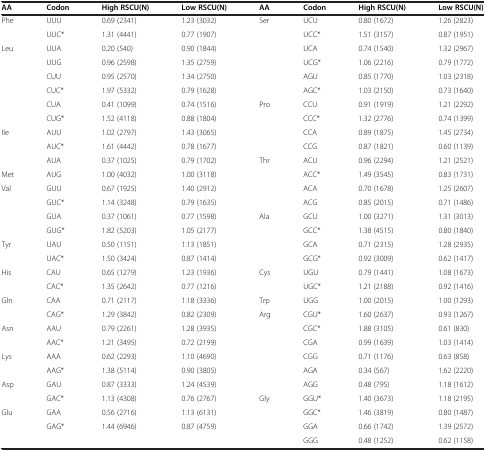
<table><thead><tr><td><b>AA</b></td><td><b>Codon</b></td><td><b>High RSCU(N)</b></td><td><b>Low RSCU(N)</b></td><td><b>AA</b></td><td><b>Codon</b></td><td><b>High RSCU(N)</b></td><td><b>Low RSCU(N)</b></td></tr></thead><tbody><tr><td>Phe</td><td>UUU</td><td>0.69 (2341)</td><td>1.23 (3032)</td><td>Ser</td><td>UCU</td><td>0.80 (1672)</td><td>1.26 (2823)</td></tr><tr><td></td><td>UUC*</td><td>1.31 (4441)</td><td>0.77 (1907)</td><td></td><td>UCC*</td><td>1.51 (3157)</td><td>0.87 (1951)</td></tr><tr><td>Leu</td><td>UUA</td><td>0.20 (540)</td><td>0.90 (1844)</td><td></td><td>UCA</td><td>0.74 (1540)</td><td>1.32 (2967)</td></tr><tr><td></td><td>UUG</td><td>0.96 (2598)</td><td>1.35 (2759)</td><td></td><td>UCG*</td><td>1.06 (2216)</td><td>0.79 (1772)</td></tr><tr><td></td><td>CUU</td><td>0.95 (2570)</td><td>1.34 (2750)</td><td></td><td>AGU</td><td>0.85 (1770)</td><td>1.03 (2318)</td></tr><tr><td></td><td>CUC*</td><td>1.97 (5332)</td><td>0.79 (1628)</td><td></td><td>AGC*</td><td>1.03 (2150)</td><td>0.73 (1640)</td></tr><tr><td></td><td>CUA</td><td>0.41 (1099)</td><td>0.74 (1516)</td><td>Pro</td><td>CCU</td><td>0.91 (1919)</td><td>1.21 (2292)</td></tr><tr><td></td><td>CUG*</td><td>1.52 (4118)</td><td>0.88 (1804)</td><td></td><td>CCC*</td><td>1.32 (2776)</td><td>0.74 (1399)</td></tr><tr><td>Ile</td><td>AUU</td><td>1.02 (2797)</td><td>1.43 (3065)</td><td></td><td>CCA</td><td>0.89 (1875)</td><td>1.45 (2734)</td></tr><tr><td></td><td>AUC*</td><td>1.61 (4442)</td><td>0.78 (1677)</td><td></td><td>CCG</td><td>0.87 (1821)</td><td>0.60 (1139)</td></tr><tr><td></td><td>AUA</td><td>0.37 (1025)</td><td>0.79 (1702)</td><td>Thr</td><td>ACU</td><td>0.96 (2294)</td><td>1.21 (2521)</td></tr><tr><td>Met</td><td>AUG</td><td>1.00 (4032)</td><td>1.00 (3118)</td><td></td><td>ACC*</td><td>1.49 (3545)</td><td>0.83 (1731)</td></tr><tr><td>Val</td><td>GUU</td><td>0.67 (1925)</td><td>1.40 (2912)</td><td></td><td>ACA</td><td>0.70 (1678)</td><td>1.25 (2607)</td></tr><tr><td></td><td>GUC*</td><td>1.14 (3248)</td><td>0.79 (1635)</td><td></td><td>ACG</td><td>0.85 (2015)</td><td>0.71 (1486)</td></tr><tr><td></td><td>GUA</td><td>0.37 (1061)</td><td>0.77 (1598)</td><td>Ala</td><td>GCU</td><td>1.00 (3271)</td><td>1.31 (3013)</td></tr><tr><td></td><td>GUG*</td><td>1.82 (5203)</td><td>1.05 (2177)</td><td></td><td>GCC*</td><td>1.38 (4515)</td><td>0.80 (1840)</td></tr><tr><td>Tyr</td><td>UAU</td><td>0.50 (1151)</td><td>1.13 (1851)</td><td></td><td>GCA</td><td>0.71 (2315)</td><td>1.28 (2935)</td></tr><tr><td></td><td>UAC*</td><td>1.50 (3424)</td><td>0.87 (1414)</td><td></td><td>GCG*</td><td>0.92 (3009)</td><td>0.62 (1417)</td></tr><tr><td>His</td><td>CAU</td><td>0.65 (1279)</td><td>1.23 (1936)</td><td>Cys</td><td>UGU</td><td>0.79 (1441)</td><td>1.08 (1673)</td></tr><tr><td></td><td>CAC*</td><td>1.35 (2642)</td><td>0.77 (1216)</td><td></td><td>UGC*</td><td>1.21 (2188)</td><td>0.92 (1416)</td></tr><tr><td>Gln</td><td>CAA</td><td>0.71 (2117)</td><td>1.18 (3336)</td><td>Trp</td><td>UGG</td><td>1.00 (2015)</td><td>1.00 (1293)</td></tr><tr><td></td><td>CAG*</td><td>1.29 (3842)</td><td>0.82 (2309)</td><td>Arg</td><td>CGU*</td><td>1.60 (2637)</td><td>0.93 (1267)</td></tr><tr><td>Asn</td><td>AAU</td><td>0.79 (2261)</td><td>1.28 (3935)</td><td></td><td>CGC*</td><td>1.88 (3105)</td><td>0.61 (830)</td></tr><tr><td></td><td>AAC*</td><td>1.21 (3495)</td><td>0.72 (2199)</td><td></td><td>CGA</td><td>0.99 (1639)</td><td>1.03 (1414)</td></tr><tr><td>Lys</td><td>AAA</td><td>0.62 (2293)</td><td>1.10 (4690)</td><td></td><td>CGG</td><td>0.71 (1176)</td><td>0.63 (858)</td></tr><tr><td></td><td>AAG*</td><td>1.38 (5114)</td><td>0.90 (3805)</td><td></td><td>AGA</td><td>0.34 (567)</td><td>1.62 (2220)</td></tr><tr><td>Asp</td><td>GAU</td><td>0.87 (3333)</td><td>1.24 (4539)</td><td></td><td>AGG</td><td>0.48 (795)</td><td>1.18 (1612)</td></tr><tr><td></td><td>GAC*</td><td>1.13 (4308)</td><td>0.76 (2767)</td><td>Gly</td><td>GGU*</td><td>1.40 (3673)</td><td>1.18 (2195)</td></tr><tr><td>Glu</td><td>GAA</td><td>0.56 (2716)</td><td>1.13 (6131)</td><td></td><td>GGC*</td><td>1.46 (3819)</td><td>0.80 (1487)</td></tr><tr><td></td><td>GAG*</td><td>1.44 (6946)</td><td>0.87 (4759)</td><td></td><td>GGA</td><td>0.66 (1742)</td><td>1.39 (2572)</td></tr><tr><td></td><td></td><td></td><td></td><td></td><td>GGG</td><td>0.48 (1252)</td><td>0.62 (1158)</td></tr></tbody></table>